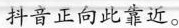
抖音正向此靠近。